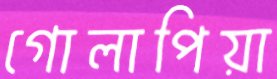
গোলাপিয়া